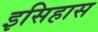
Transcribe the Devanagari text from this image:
इसिहास